Sketch of the medical history of the native army of Bombay, for the year
Year: 1870
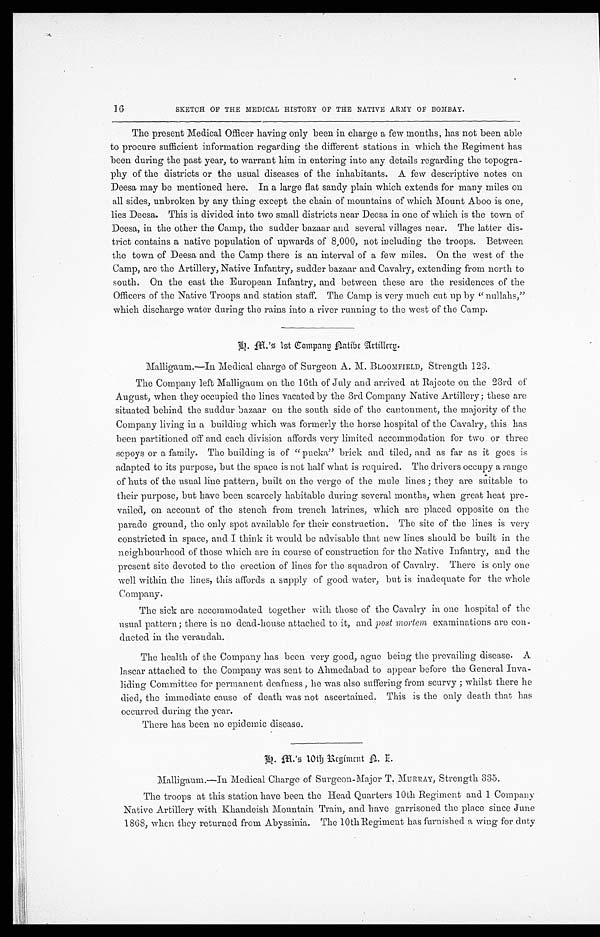
16
SKETCH OF THE MEDICAL HISTORY OF THE NATIVE ARMY OF BOMBAY.
The present Medical Officer having only been in charge a few months, has not been able
to procure sufficient information regarding the different stations in which the Regiment has
been during the past year, to warrant him in entering into any details regarding the topogra
-phy of the districts or the usual diseases of the inhabitants. A few descriptive notes on
Deesa may be mentioned here. In a large flat sandy plain which extends for many miles on
all sides, unbroken by any thing except the chain of mountains of which Mount Aboo is one,
lies Deesa. This is divided into two small districts near Deesa in one of which is the town of
Deesa, in the other the Camp, the sudder bazaar and several villages near. The latter dis
-trict contains a native population of upwards of 8,000, not including the troops. Between
the town of Deesa and the Camp there is an interval of a few miles. On the west of the
Camp, are the Artillery, Native Infantry, sudder bazaar and Cavalry, extending from north to
south. On the east the European Infantry, and between these are the residences of the
Officers of the Native Troops and station staff. The Camp is very much cut up by "nullahs,"
which discharge water during the rains into a river running to the west of the Camp.
H. M.'s 1st Company Native Artillery.
Malligaum.—In Medical charge of Surgeon A. M. BLOOMFIELD, Strength 123.
The Company left Malligaum on the 16th of July and arrived at Rajcote on the 23rd of
August, when they occupied the lines vacated by the 3rd Company Native Artillery; these are
situated behind the suddur bazaar on the south side of the cantonment, the majority of the
Company living in a building which was formerly the horse hospital of the Cavalry, this has
been partitioned off and each division affords very limited accommodation for two or three
sepoys or a family. The building is of "pucka" brick and tiled, and as far as it goes is
adapted to its purpose, but the space is not half what is required. The drivers occupy a range
of huts of the usual line pattern, built on the verge of the mule lines; they are suitable to
their purpose, but have been scarcely habitable during several months, when great heat pre
- v a i l e d , o n a c c o u n t o f t h e s t e n c h f r o m t r e n c h l a t r i n e s , w h i c h a r e p l a c e d o p p o s i t e o n t h e
parade ground, the only spot available for their construction. The site of the lines is very
constricted in space, and I think it would be advisable that new lines should be built in the
neighbourhood of those which are in course of construction for the Native Infantry, and the
present site devoted to the erection of lines for the squadron of Cavalry. There is only one
well within the lines, this affords a supply of good water, but is inadequate for the whole
Company.
The sick are accommodated together with those of the Cavalry in one hospital of the
usual pattern; there is no dead-house attached to it, and post mortem examinations are con
- d u c t e d i n t h e v e r a n d a h .
The health of the Company has been very good, ague being the prevailing disease. A
lascar attached to the Company was sent to Ahmedabad to appear before the General Inva
- l i d i n g C o m m i t t e e f o r p e r m a n e n t d e a f n e s s , h e w a s a l s o s u f f e r i n g f r o m s c u r v y ; w h i l s t t h e r e h e
died, the immediate cause of death was not ascertained. This is the only death that has
occurred during the year.
There has been no epidemic disease.
Malligaum.—In Medical Charge of Surgeon-Major T. MURRAY, Strength 335.
The troops at this station have been the Head Quarters 10th Regiment and 1 Company
Native Artillery with Khandeish Mountain Train, and have garrisoned the place since June
1868, when they returned from Abyssinia. The 10th Regiment has furnished a wing for duty